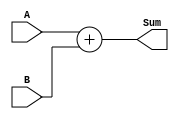
module Adder(
    input wire [7:0] A,
    input wire [7:0] B,
    output reg [8:0] Sum
);

always @* begin
    Sum = A + B;
end

endmodule